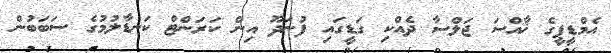
އެމްޑީޕީގެ ޚާއްސަ ޖަލްސާ ދެއްކި ގަޑީގައި ފުނަދޫ އިން ކަރަންޓް ކަނޑާލުމުގެ ސަބަބުން